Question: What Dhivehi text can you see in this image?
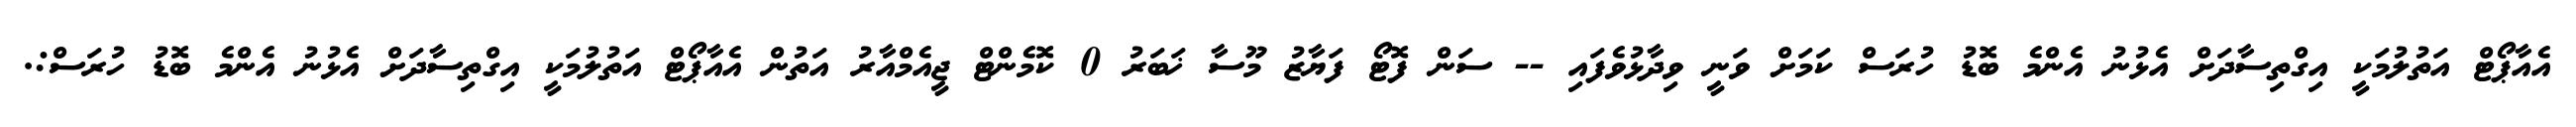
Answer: އެއާޕޯޓް އަތުލުމަކީ އިގްތިސާދަށް އެޅުނު އެންމެ ބޮޑު ހުރަސް ކަމަށް ވަނީ ވިދާޅުވެފައި -- ސަން ފޮޓޯ ފަޔާޒު މޫސާ ޚަބަރު 0 ކޮމެންޓް ޖީއެމްއާރު އަތުން އެއާޕޯޓް އަތުލުމަކީ އިގްތިސާދަށް އެޅުނު އެންމެ ބޮޑު ހުރަސް:.